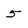
Character: 5